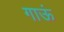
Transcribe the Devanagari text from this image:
गाऊं